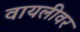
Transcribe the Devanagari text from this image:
वायलीवर